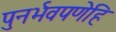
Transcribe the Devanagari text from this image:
पुनर्भवपणेहि